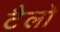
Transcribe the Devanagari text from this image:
टैलो